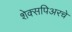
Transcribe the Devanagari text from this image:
शेक्सपिअरचे